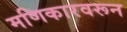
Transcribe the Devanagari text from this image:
मणिकारवरून